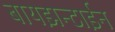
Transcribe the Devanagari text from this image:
बायझन्टाईन